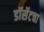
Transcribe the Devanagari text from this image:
डॉर्सेटचा